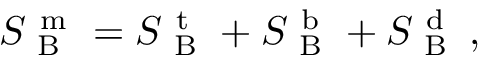
S _ { \mathrm { ~ B ~ } } ^ { \mathrm { ~ m ~ } } = S _ { \mathrm { ~ B ~ } } ^ { \mathrm { ~ t ~ } } + S _ { \mathrm { ~ B ~ } } ^ { \mathrm { ~ b ~ } } + S _ { \mathrm { ~ B ~ } } ^ { \mathrm { ~ d ~ } } \, ,